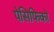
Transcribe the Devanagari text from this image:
पेसिफिको